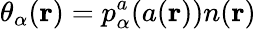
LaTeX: \theta_{\alpha}(\mathbf{r})=p_{\alpha}^{a}(a(\mathbf{r}))n(\mathbf{r})